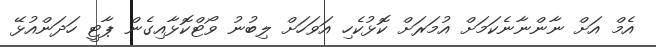
އެމް އަށް ނާންނާނެކަމަށް އުމަރަށް ކޮޅުކެހި އަވަހަށް ލިބުނު ވޯޓްކޮޅާއިގެން ޕާޓީ ހަދަންއުޅޭ